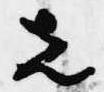
先